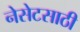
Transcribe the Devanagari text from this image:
नेसेटसाठी